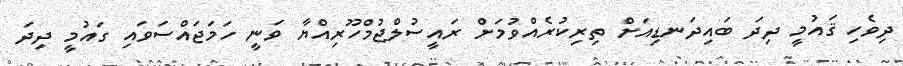
ދިވެހި ޤައުމީ ދިދަ ބައިދަނޑިއަށް ތިރިކުރެއްވުމަށް ރައީސުލްޖުމްހޫރިއްޔާ ވަނީ ހަމަޖައްސަވައި ގައުމީ ދިދަ